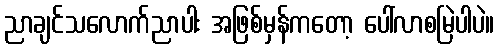
ညာချင်သလောက်ညာပါး အဖြစ်မှန်ကတော့ ပေါ်လာစမြဲပါပဲ။